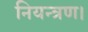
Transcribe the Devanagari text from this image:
नियन्त्रण।